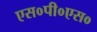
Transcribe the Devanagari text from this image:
एस०पी०एस०